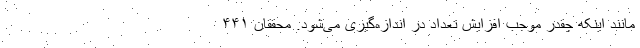
مانند اینکه چقدر موجب افزایش تعداد در اندازه‌گیری می‌شود. محققان ۴۴۱